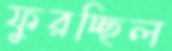
ফুরচ্ছিল